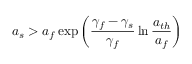
a _ { s } > a _ { f } \exp \left( \frac { \gamma _ { f } - \gamma _ { s } } { \gamma _ { f } } \ln \frac { a _ { t h } } { a _ { f } } \right)